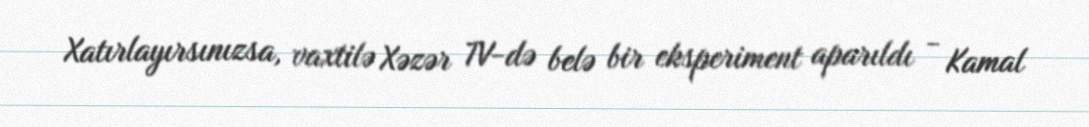
Xatırlayırsınızsa, vaxtilə Xəzər TV-də belə bir eksperiment aparıldı - Kamal